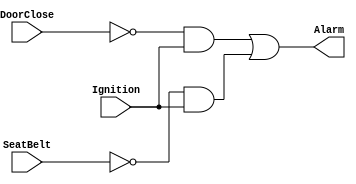
module 	carWarning(Alarm, DoorClose, Ignition, SeatBelt) ;

	output 		Alarm			;

	input		DoorClose		;
	input 		Ignition		;
	input 		SeatBelt		;

	wire 		DoorOpened		;
	wire		NoSeatBelt		;

	wire 		Node1			;
	wire 		Node2			;

	not 		NOT_U0(DoorOpened, DoorClose)			;
	not 		NOT_U1(NoSeatBelt, SeatBelt)			;

	and 		AND_U0(Node1, DoorOpened, Ignition)		;
	and 		AND_U1(Node2, NoSeatBelt, Ignition)		;

	or 		OR_U0(Alarm, Node1, Node2)			;

endmodule